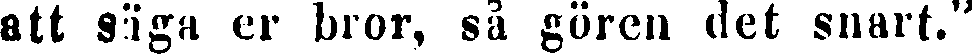
att säga er bror, så gören det snart."